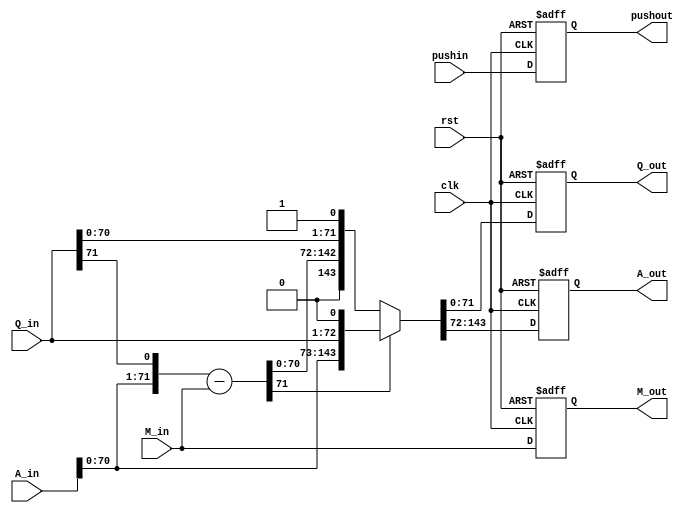
`timescale 1ns/10ps

module divide_block (clk, rst, pushin, A_in, Q_in, M_in, M_out, pushout, A_out, Q_out);
input clk, rst, pushin;
input [71:0] A_in, Q_in;
input [9:0] M_in;
output reg [71:0] A_out, Q_out;
output reg [9:0] M_out;
output reg pushout;

reg signed [143:0] A_Q_temp, A_Q_out, A_Q_outd;
reg signed [71:0] A_temp;
always @(posedge clk or posedge rst)
begin
  if(rst)
    begin
      A_out <= #1 0;
      Q_out <= #1 0;
      M_out <= #1 0;
      pushout <= #1 0;
      A_Q_outd <= #1 0;
    end
  else
    begin
        A_out <= #1 A_Q_out[143: 72];
        Q_out <= #1 A_Q_out[71:0];
        M_out <= #1 M_in;
        pushout <= #1 pushin;
end
end

always @(*)
begin
  A_Q_out = 0;
  A_Q_temp = {A_in, Q_in} << 1;
 // A_Q_temp = A_Q_temp << 1;
  A_temp = A_Q_temp[143:72] - M_in;
  if (A_temp[71] == 1)
    begin
      A_Q_out = {A_Q_temp[143:1],1'b0};
    end
  else
    begin
      A_Q_out = {A_temp,A_Q_temp[71:1],1'b1};
    end
end
endmodule